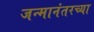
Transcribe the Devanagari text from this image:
जन्मानंतरच्या